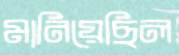
মানিয়েছিল